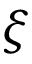
\xi